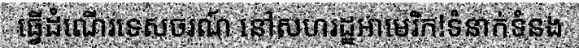
ធ្វើដំណើរទេសចរណ៍ នៅសហរដ្ឋអាមេរិក!ទំនាក់ទំនង